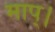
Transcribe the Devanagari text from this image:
माप्।